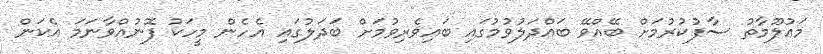
މަޢުލޫމާތު ސާފުކުރުމަށް ބޭއްވޭ ބައްދަލުވުމުގައި ބައިވެރިވުމަށް ބަދަލުގައި އެހެން މީހަކު ފޮނުއްވާނަމަ އެކަން